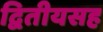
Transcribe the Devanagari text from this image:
द्वितीयसह